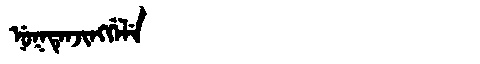
Manchu: ᠨᡠᡴᡨᡝᠨᠵᡳᠩᡤᡝᠯᡝ
Romanization: NUKTENJINGGELE